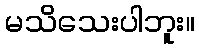
မသိသေးပါဘူး။